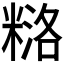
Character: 𰫅